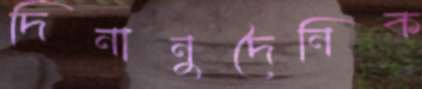
দিনানুদৈনিক